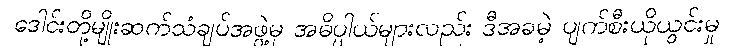
ဒေါင်းတို့မျိုးဆက်သံချပ်အဖွဲ့မှ အဓိပ္ပါယ်များလည်း ဒီအခမဲ့ ပျက်စီးယိုယွင်းမှု